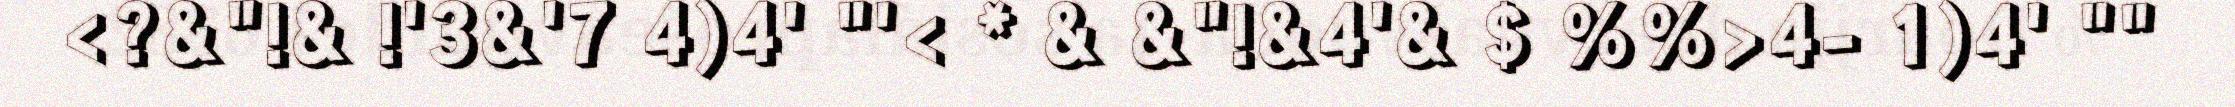
<?&"!& !'3&'7 4)4' "'< * & &"!&4'& $ %%>4- 1)4' ""